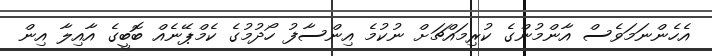
އެހެންނަމަވެސް އާންމުންގެ ކުރިމައްޗަށް ނުކުމެ އިންސާފު ހޯދުމުގެ ކެމްޕޭނެއް ބޮބީގެ އާއިލާ އިން